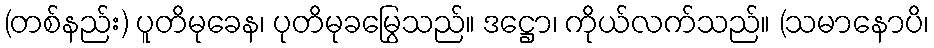
(တစ်နည်း) ပူတိမုခေန၊ ပုတိမုခမြွေသည်။ ဒဋ္ဌော၊ ကိုယ်လက်သည်။ (သမာနောပိ၊